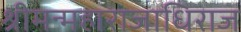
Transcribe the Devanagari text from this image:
श्रीमन्महाराजाधिराज